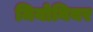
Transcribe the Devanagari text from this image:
मियोनियर